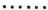
……